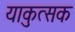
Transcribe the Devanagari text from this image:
याकुत्सक